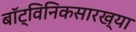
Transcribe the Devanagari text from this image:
बॉट्विनिकसारख्या